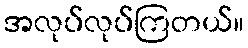
အလုပ်လုပ်ကြတယ်။